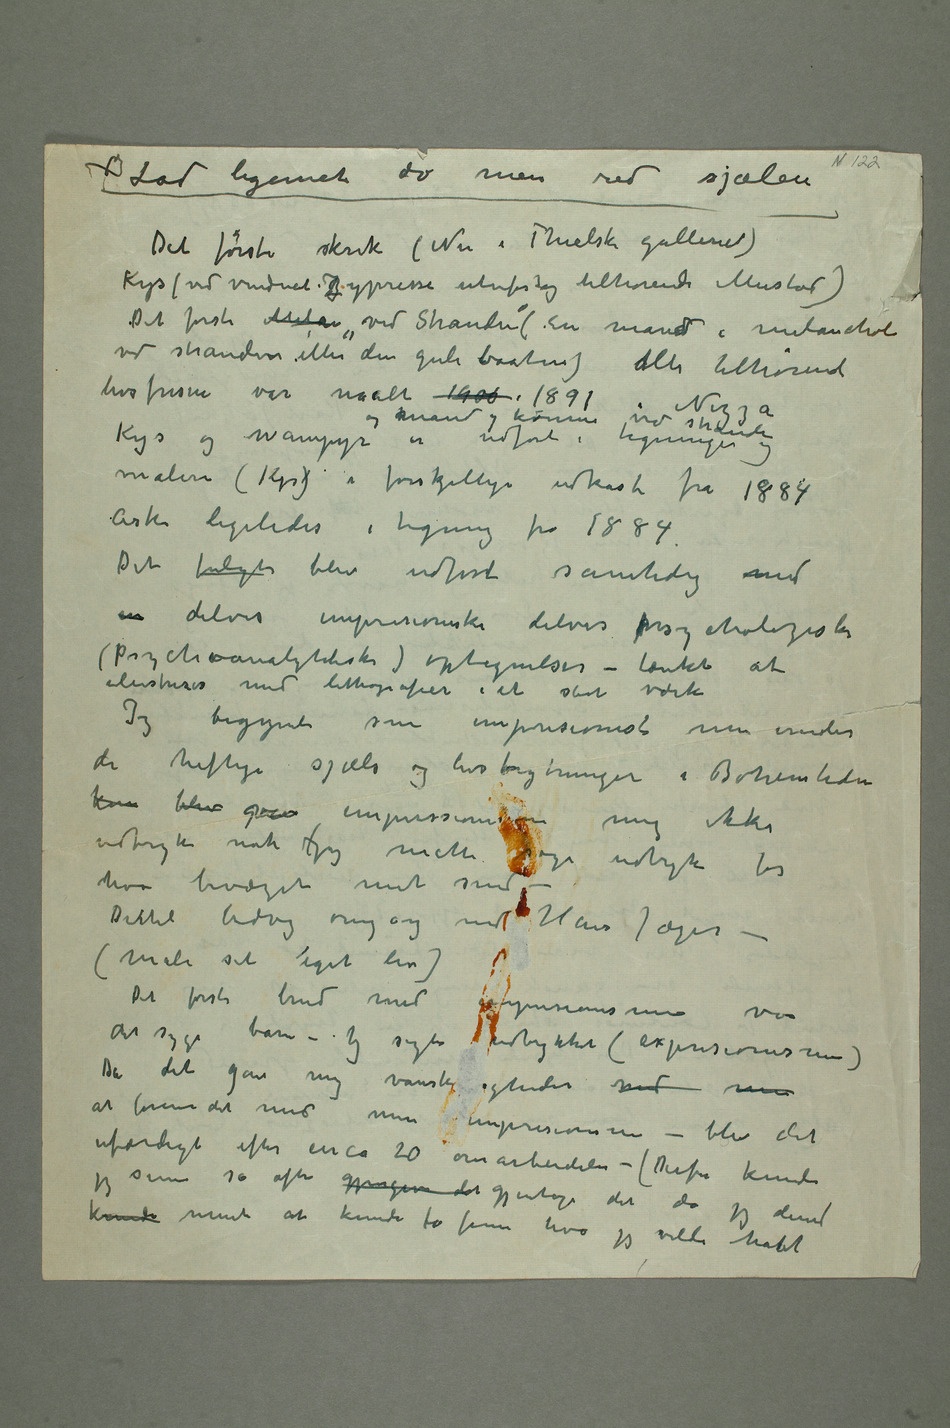
* Lad legemet dø men red sjælen
Det første skrik (Nu i Thielska galleriet)
Kys (ved vinduet Zypresse utenfor tog tilhørende Mustad)
Det første Melan «ved Stranden» (En mand i melancholi
ved stranden eller den gule baaten) Alle tilhørende
Det fulgte blev udført samtidig med
en delvis impresioniske delvis psychologiske
(Psychoanalytitiske) optegnelser – tænkt at
ilustreres med lithografier i et stort værk
Jeg begynte som impresionist men under
de heftige sjæls og livsbrytninger i Bohemtiden
kom blev
udtryk nok Jeg måtte søge udtryk for
hva bevæget mit sind
– Dertil bidrog omgang med Hans Jæger –
Det første brud med impresionismen var
det syge barn – Jeg søgte udtrykket (expresionisme)
Da det gav mig vanskeligheder med min
impresionisme – blev det
ufærdigt efter circa 20 omarbeidelser – (Derfor kunde
jeg senere så ofte gjengive det gjentage det da jeg derved